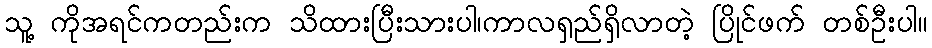
သူ့ ကိုအရင်ကတည်းက သိထားပြီးသားပါ၊ကာလရှည်ရှိလာတဲ့ ပြိုင်ဖက် တစ်ဦးပါ။